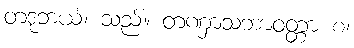
တဒုဘယံ၊ သည်။ တဏှာသဘာဝတ္တာ စ၊